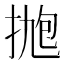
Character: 𪭹